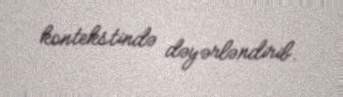
kontekstində dəyərləndirib.